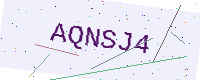
Text: AQNSJ4